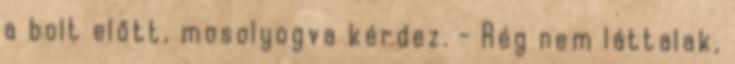
a bolt előtt, mosolyogva kérdez. - Rég nem láttalak,